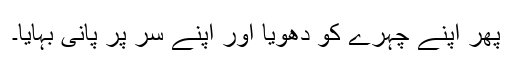
پھر اپنے چہرے کو دھویا اور اپنے سر پر پانی بہایا۔